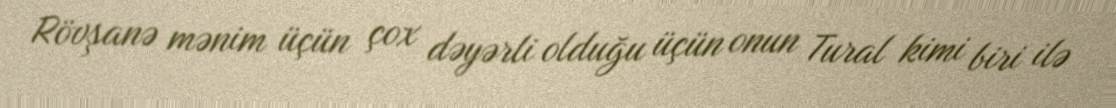
Rövşanə mənim üçün çox dəyərli olduğu üçün onun Tural kimi biri ilə